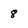
Character: 8